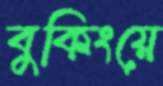
বুকিংয়ে